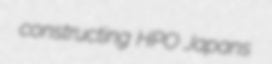
constructing HPO Japans